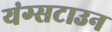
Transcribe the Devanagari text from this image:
यंग्सटाउन